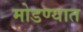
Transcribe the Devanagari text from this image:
मोडण्यात